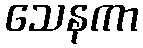
သေနကာ